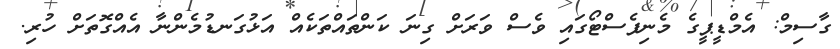
ގާސިމް: އެމްޑީޕީގެ މެނިފެސްޓޯގައި ވެސް ވަރަށް ގިނަ ކަންތައްތަކެއް އަޅުގަނޑުމެންނާ އެއްގޮތަށް ހުރި.